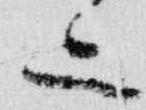
二